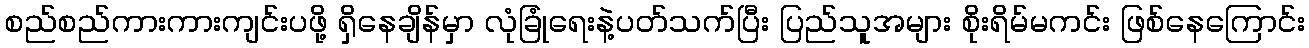
စည်စည်ကားကားကျင်းပဖို့ ရှိနေချိန်မှာ လုံခြုံရေးနဲ့ပတ်သက်ပြီး ပြည်သူအများ စိုးရိမ်မကင်း ဖြစ်နေကြောင်း